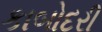
કાબોદરી